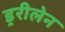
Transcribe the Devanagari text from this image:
ड्ररीलेन